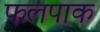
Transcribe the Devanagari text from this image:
फलपाक